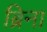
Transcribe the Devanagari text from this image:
ब्रिना